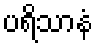
ပရိသာနံ